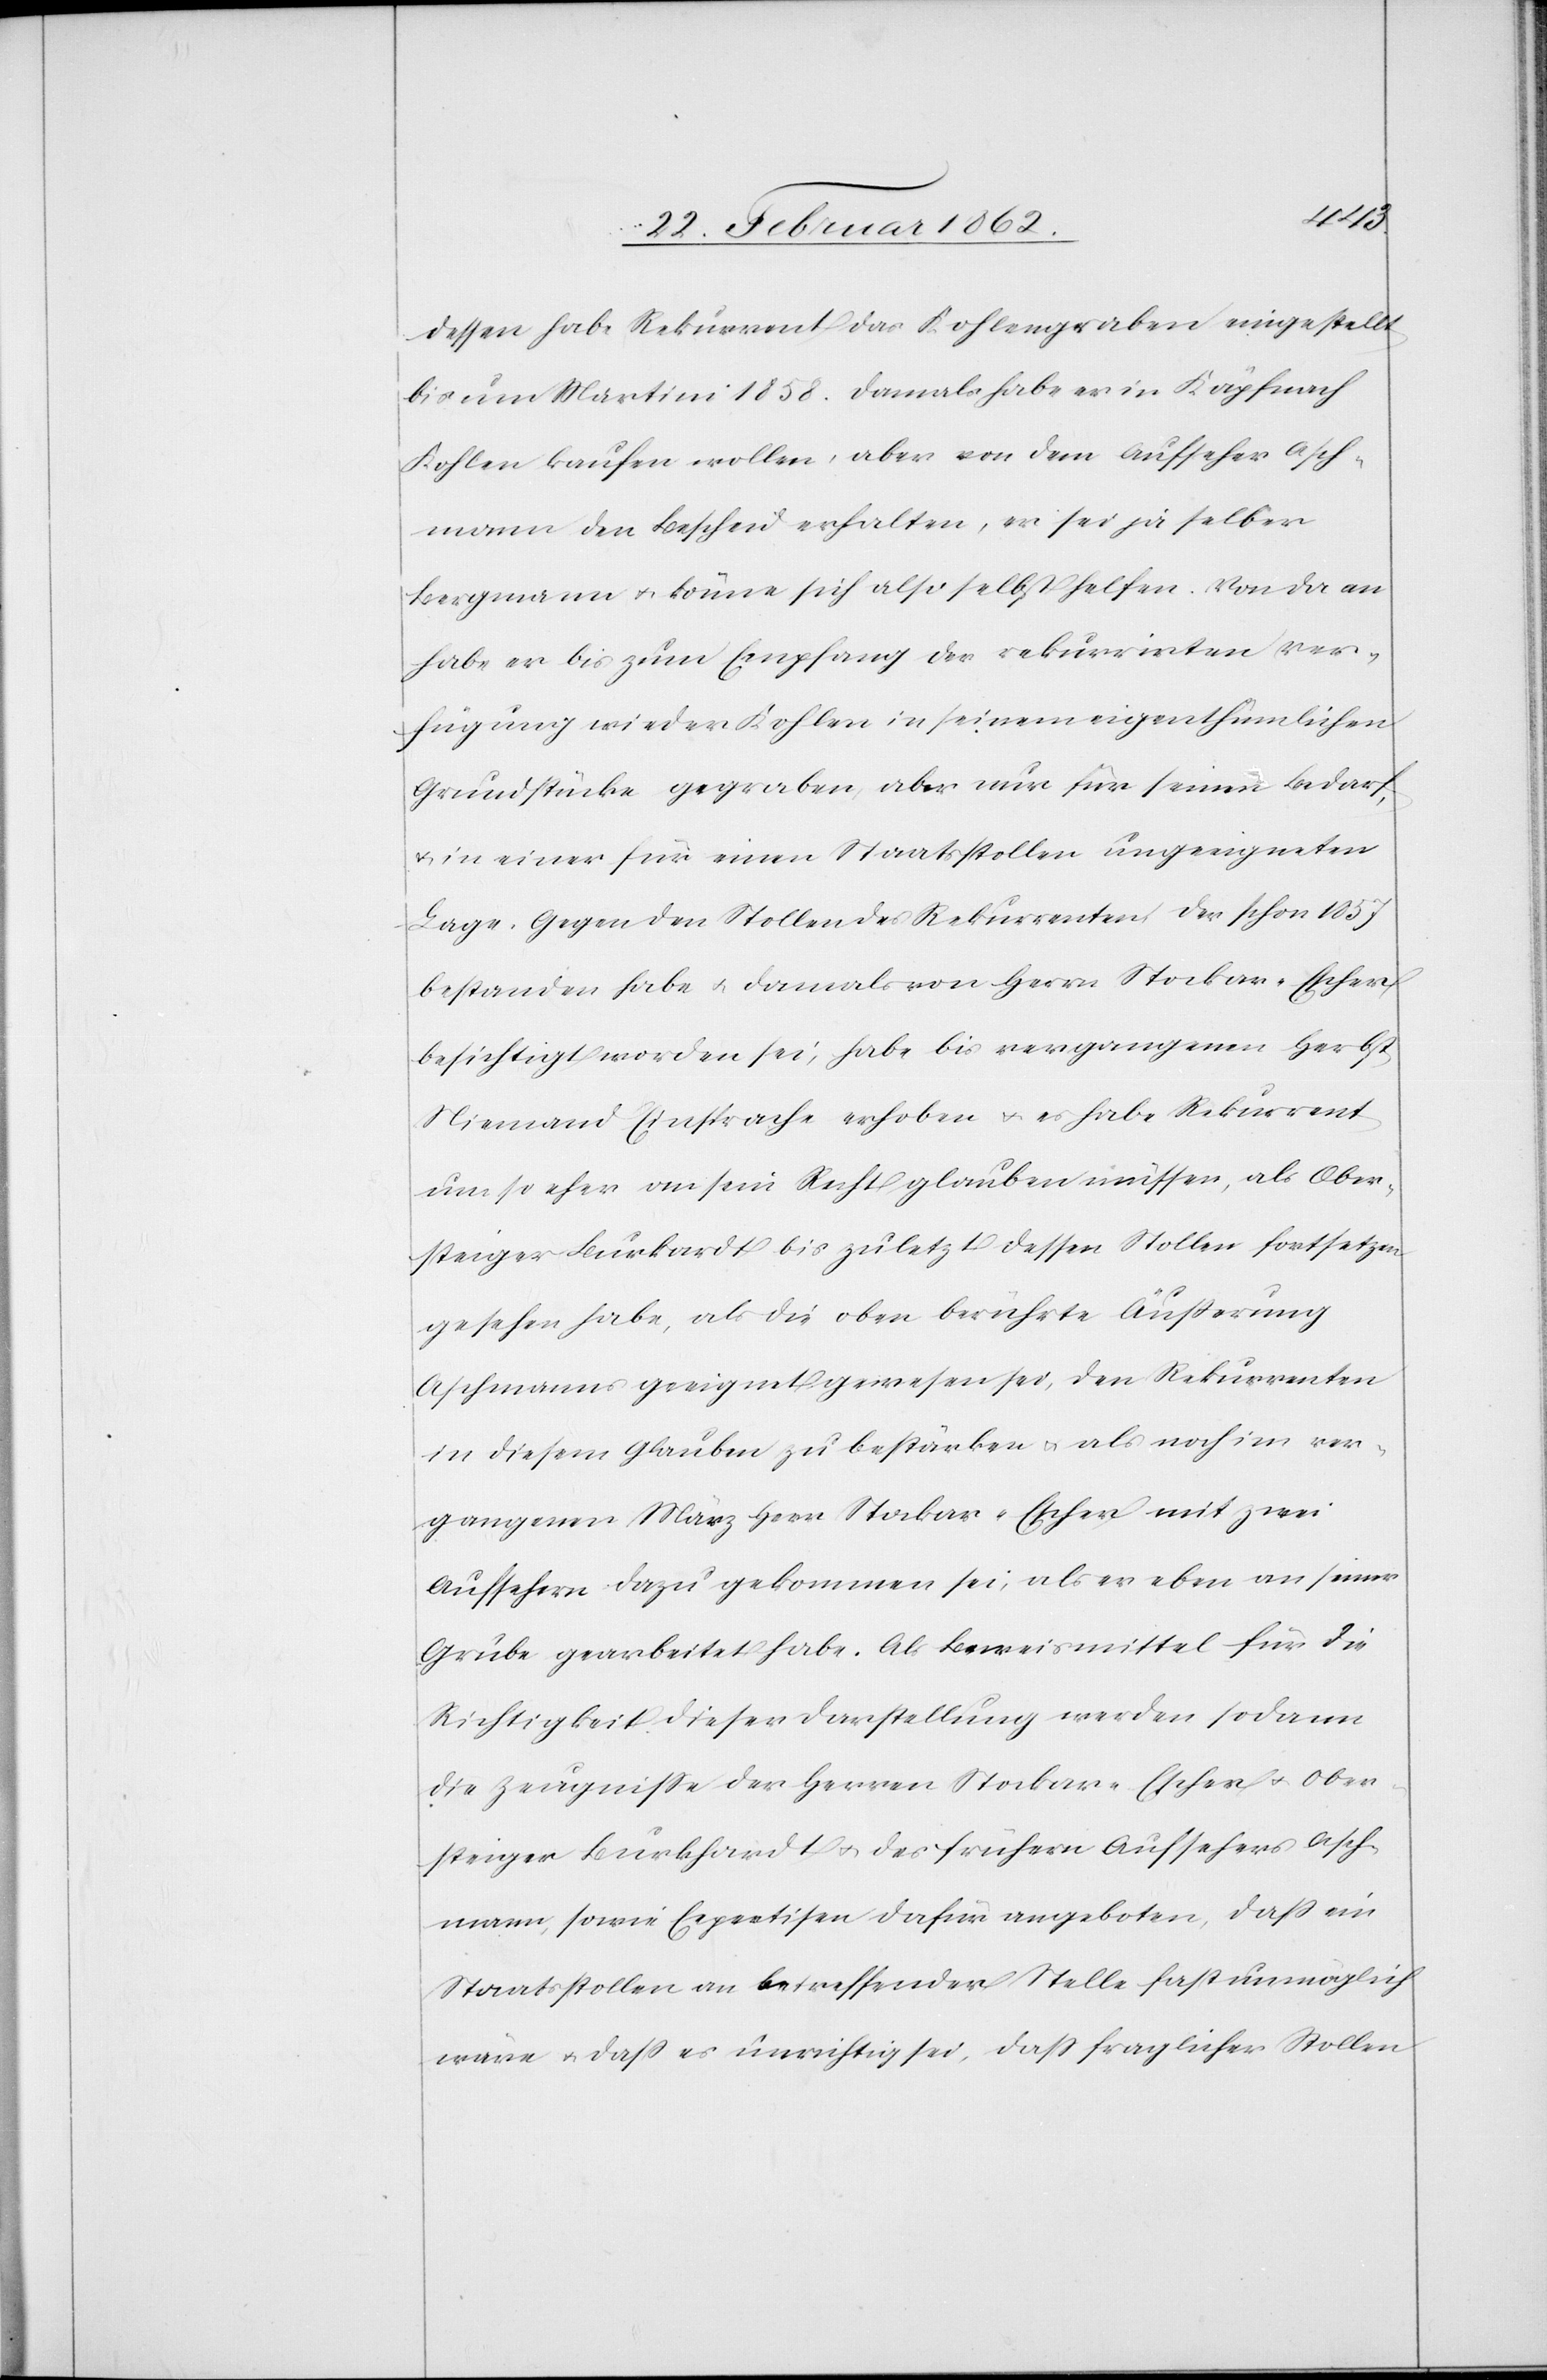
dessen habe Rekurrent das Kohlengraben eingestellt
bis um Martini 1858. Damals habe er in Käpfnach
Kohlen kaufen wollen, aber von dem Aufseher Asch¬
mann den Bescheid erhalten, er sei ja selber
Bergmann u. könne sich also selbst helfen. Von da an
habe er bis zum Empfang der rekurrirten Ver¬
fügung wieder Kohlen in seinem eigenthümlichen
Grundstücke gegraben, aber nur für seinen Bedarf,
u. in einer für einen Staatsstollen ungeeigneten
Lage. Gegen den Stollen des Rekurrenten, der schon 1857
bestanden habe u. damals von Herrn Stockar-Escher
besichtigt worden sei, habe bis vergangenen Herbst
Niemand Einsprache erhoben u. es habe Rekurrent
um so eher an sein Recht glauben müssen, als Ober¬
steiger Burkardt bis zuletzt dessen Stollen fortsetzen
gesehen habe, als die oben berührte Äußerung
Aschmanns geeignet gewesen sei, den Rekurrenten
in diesem Glauben zu bestärken u. als noch im ver¬
gangenen März Herr Stockar-Escher mit zwei
Aufsehern dazu gekommen sei, als er eben an seiner
Grube gearbeitet habe. Als Beweismittel für die
Richtigkeit dieser Darstellung werden sodann
die Zeugniße der Herren Stockar-Escher u. Ober¬
steiger Burkhardt [sic!] u. des frühern Aufsehers Asch¬
mann, sowie Expertisen dafür angeboten, daß ein
Staatsstollen an betreffender Stelle fast unmöglich
wäre u. daß es unrichtig sei, daß fraglicher Stollen